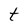
Character: t